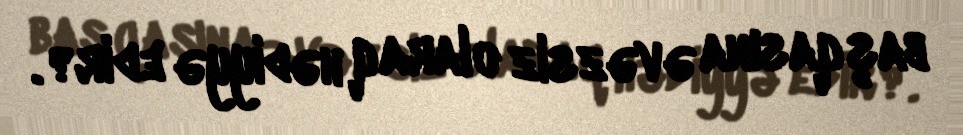
başqasına əvəzsiz olaraq hədiyyə edir?.